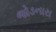
જોડનારા